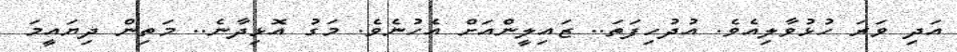
އަދި ވަރަ ހުޅުވާލިއެވެ. އުދުހިފަތަ.. ޒައިލީންއަށް އެހުނެވެ. މަގު އޮޅިދާނެ.. މަތިން ދިޔައީމަ